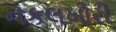
નકલખોરી